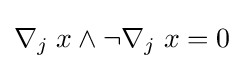
\nabla _{j}\;x\wedge \neg \nabla _{j}\;x=0